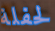
لحفلة